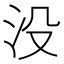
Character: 没